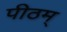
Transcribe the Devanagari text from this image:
पीठम्